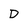
Character: D